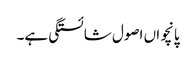
پانچواں اصول شائستگی ہے۔